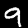
Label: 9